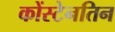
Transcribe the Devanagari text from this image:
कोंस्टेनतिन